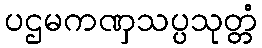
ပဌမကဏှသပ္ပသုတ္တံ